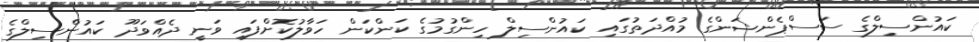
ކައުންސިލްގެ ސަސްޕެންޝަންގެ މުއްދަތުގައި ކައުންސިލް ހިންގުމުގެ ކަންކަން ހަވާލުކޮށްފައި ވަނީ ދެއްވަދޫ ކައުންސިލްގެ